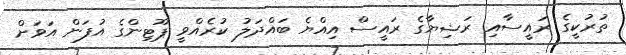
ތުރުކީގެ ރައީސާއި ރަޝިޔާގެ ރައީސް އިއްޔެ ބައްދަލު ކުރެއްވީ ޕޫޓިންގެ އުފަން އަވަށް